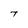
Character: T